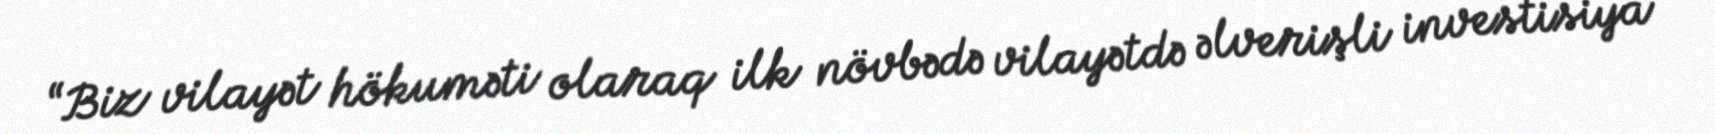
“Biz vilayət hökuməti olaraq ilk növbədə vilayətdə əlverişli investisiya